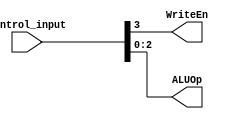
//control unit for write enable and ALU control

module Control(
  control_input, 
  WriteEn,
  ALUOp
  );
  
  input [3:0] control_input;
  output WriteEn;
  output [2:0] ALUOp;
  
  reg WriteEn;
  reg [2:0] ALUOp;
  
  always@(control_input)
  begin
    WriteEn = control_input[3];
    ALUOp = control_input[2:0];
  end
  
endmodule